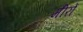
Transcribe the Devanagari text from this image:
मीरों